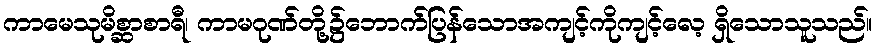
ကာမေသုမိစ္ဆာစာရီ၊ ကာမဂုဏ်တို့၌ဘောက်ပြန်သောအကျင့်ကိုကျင့်လေ့ ရှိသောသူသည်။